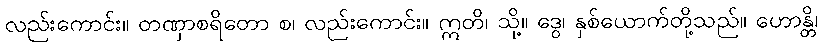
လည်းကောင်း။ တဏှာစရိတော စ၊ လည်းကောင်း။ ဣတိ၊ သို့။ ဒွေ၊ နှစ်ယောက်တို့သည်။ ဟောန္တိ၊